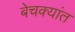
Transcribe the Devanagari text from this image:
बेचक्यांत